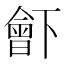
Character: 𣍋